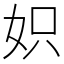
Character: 𡛰